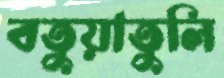
বতুয়াতুলি